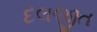
દલજીત